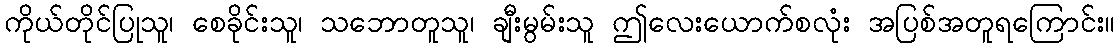
ကိုယ်တိုင်ပြုသူ၊ စေခိုင်းသူ၊ သဘောတူသူ၊ ချီးမွမ်းသူ ဤလေးယောက်စလုံး အပြစ်အတူရကြောင်း။